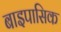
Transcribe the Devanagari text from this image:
बाइपासिक